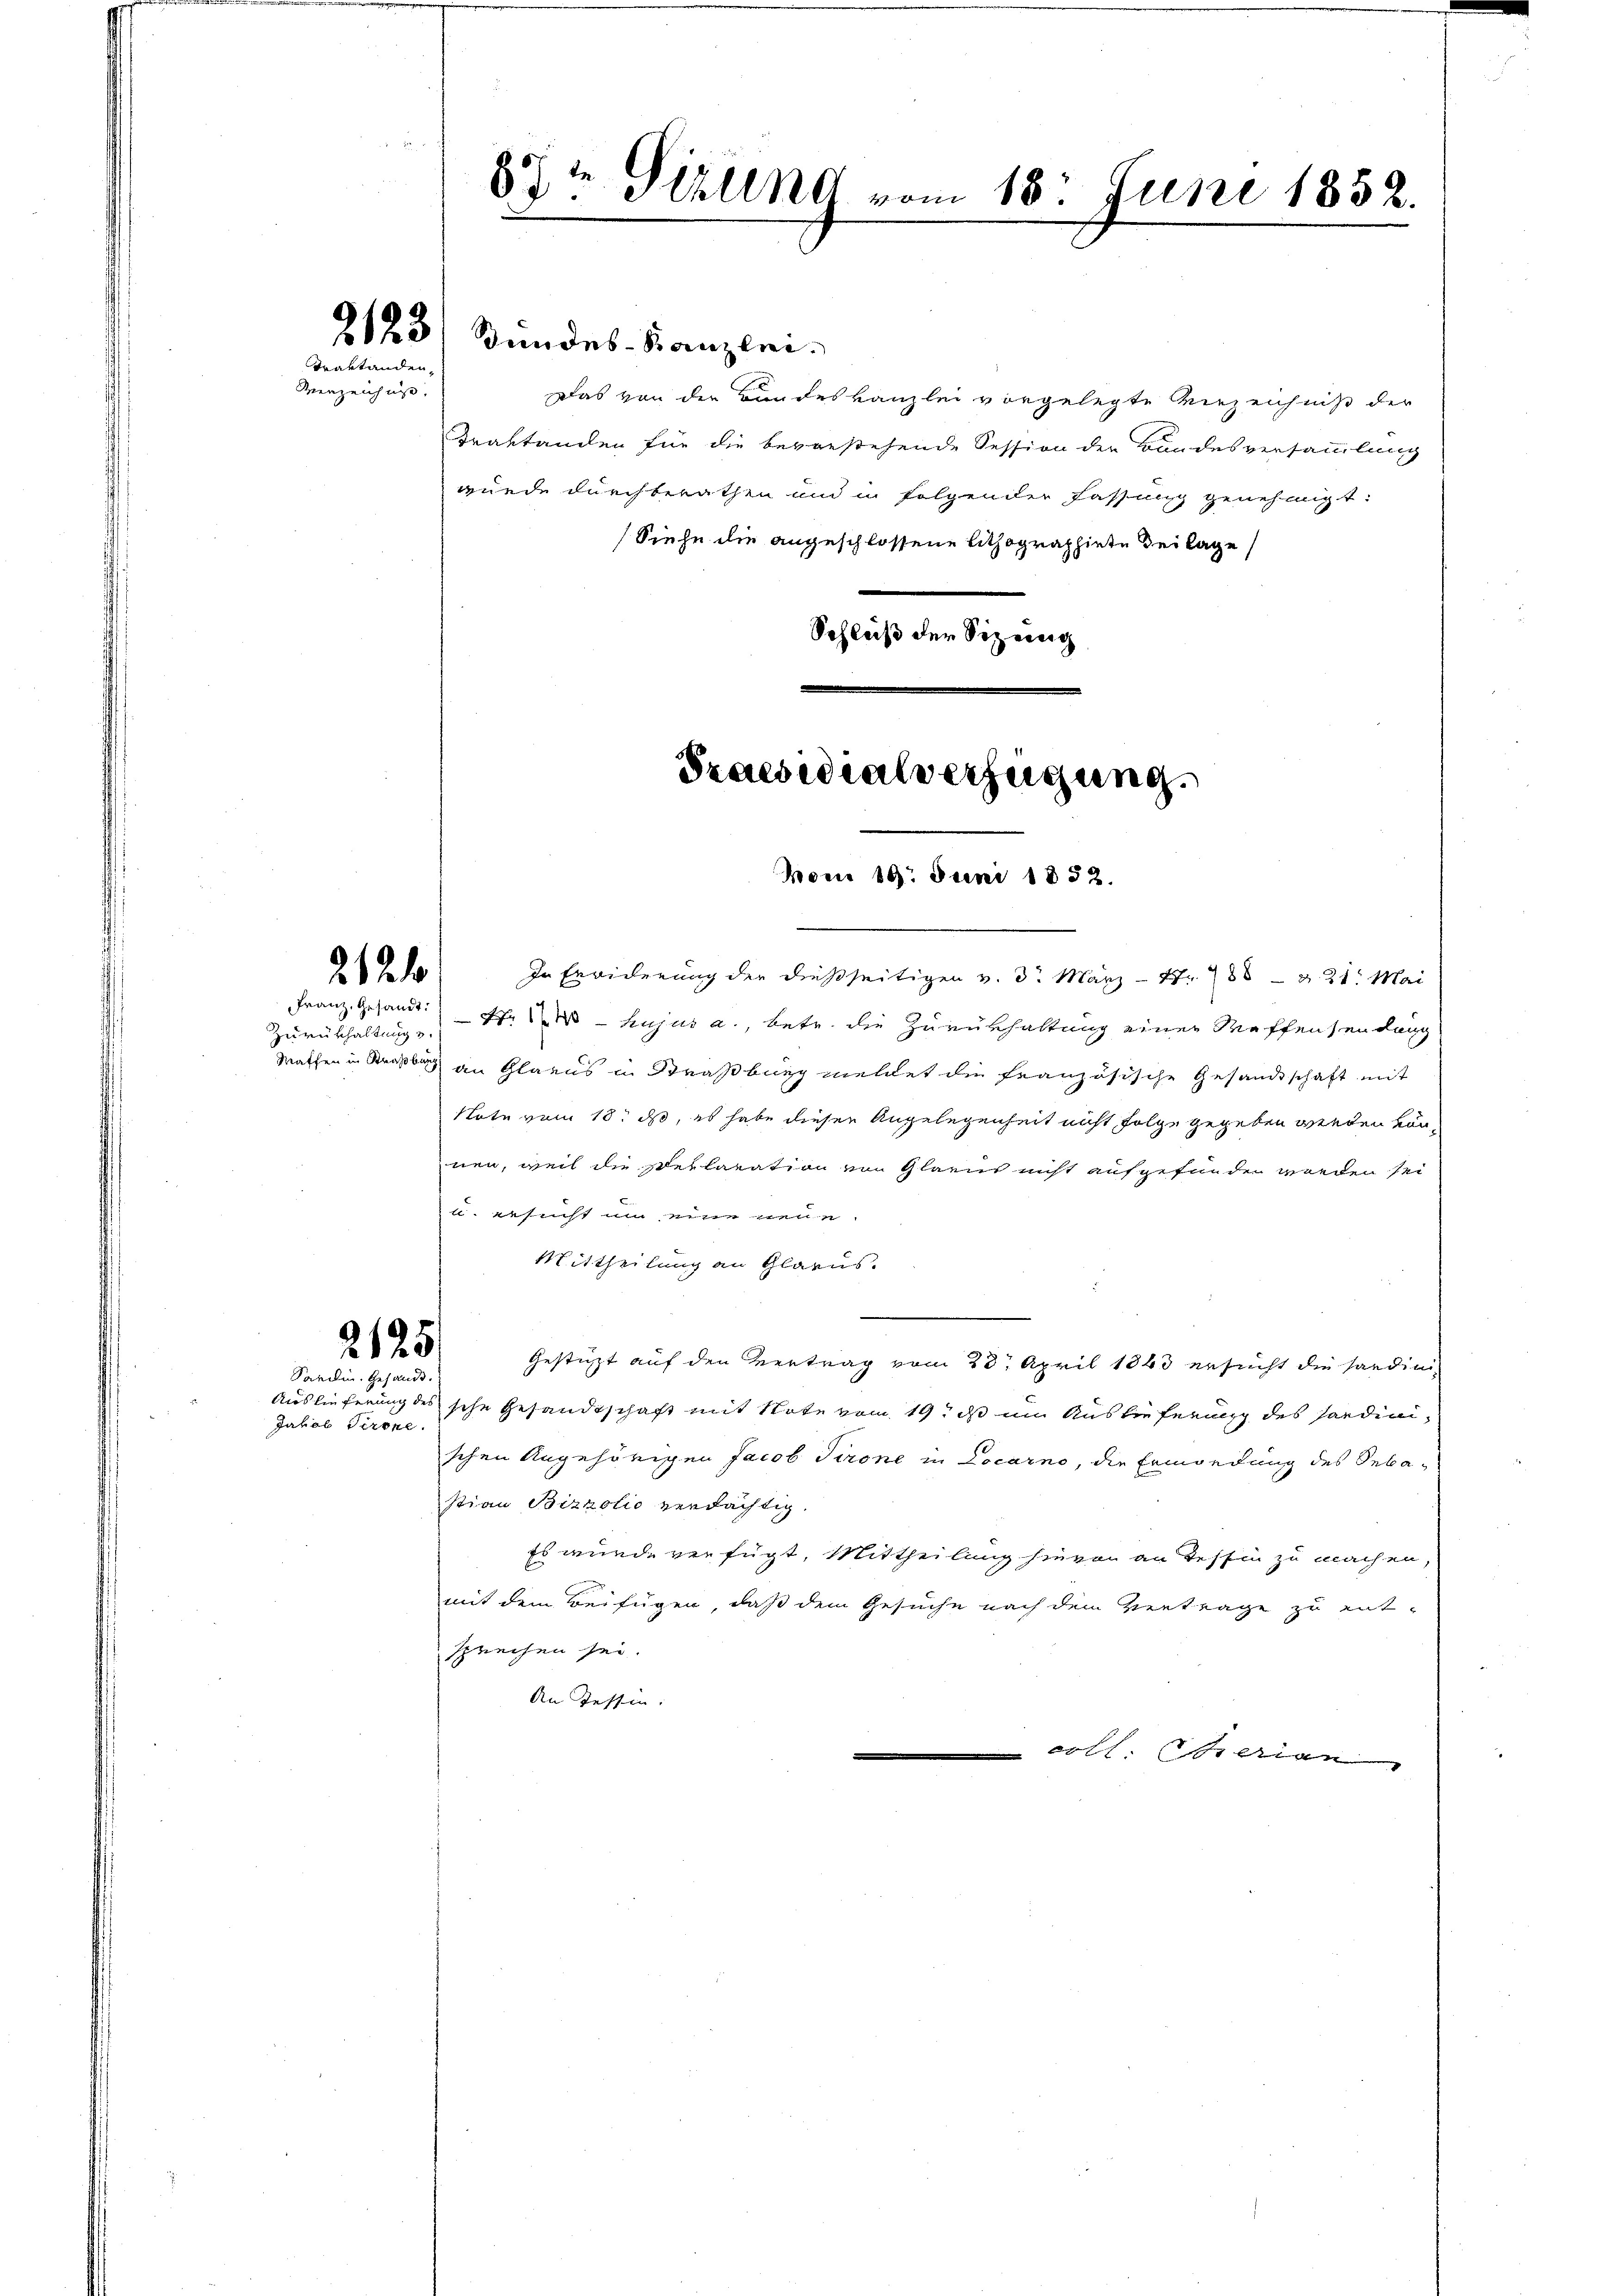
Traktanden,
Verzeichu

2. Jede

Zurükhaltung u.

Das von der Bundeskanzlei vorgelegte Verzeichniß der
Traktanden für die bevorstehende Session der Bundesversammlung
wurde durchberathen und in folgender Fassung genehmigt:
Siehe die angeschlossene Lithographiete Beilage
Schluß der Sizeidig

2125
Sardin. Gesandt.

Auslieferung des
Jakob Tirone.

8te Sizung vom 18. Juni 1852.

2123/ Bundes-Kanzlei.

Praesidialverfügung.

Mom 19. Juni 1832.

In Erwiderung der dießseitigen v. 3. März - Nr. 788 & 21. Mai
Franz. Gesandt. hujus a., betr. die Zurükhaltung einer Waffensendung
Mathen in Straßburg an Glarus in Straßburg meldet die französische Gesandtschaft mit
Note vom 18. ds, es habe diesen Angelegenheit nicht folge gegeben werden von
nen, weil die Deklaration von Glarus nicht aufgefunden worden sei
u. Besucht um eine neue
Mittheilung an Glarus.

Gestützt auf den Vertrag vom 23. April 1843 ersucht die Sardinische Gesandtschaft mit Note vom 19. ds um Auslieferung des Sardinischen Angehörigen Jacob Tirone in Locarno, die Ermordung des Sebastian Bizzolio verdächtig.
Es wurde verfügt, Mittheilung hievon an Tessin zu machen,
mit dem Beifügen, daß dem Gesuche nach dem Vertrage zu ent-
sprechen sei.
An Tessin.
 lign